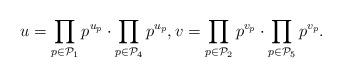
LaTeX: \begin{align*}u = \prod_{p \in {\cal P}_1} p^{u_p} \cdot \prod_{p \in {\cal P}_4} p^{u_p}, v = \prod_{p \in {\cal P}_2} p^{v_p} \cdot \prod_{p \in {\cal P}_5} p^{v_p}.\end{align*}